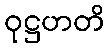
ဝုဋ္ဌဟတိ